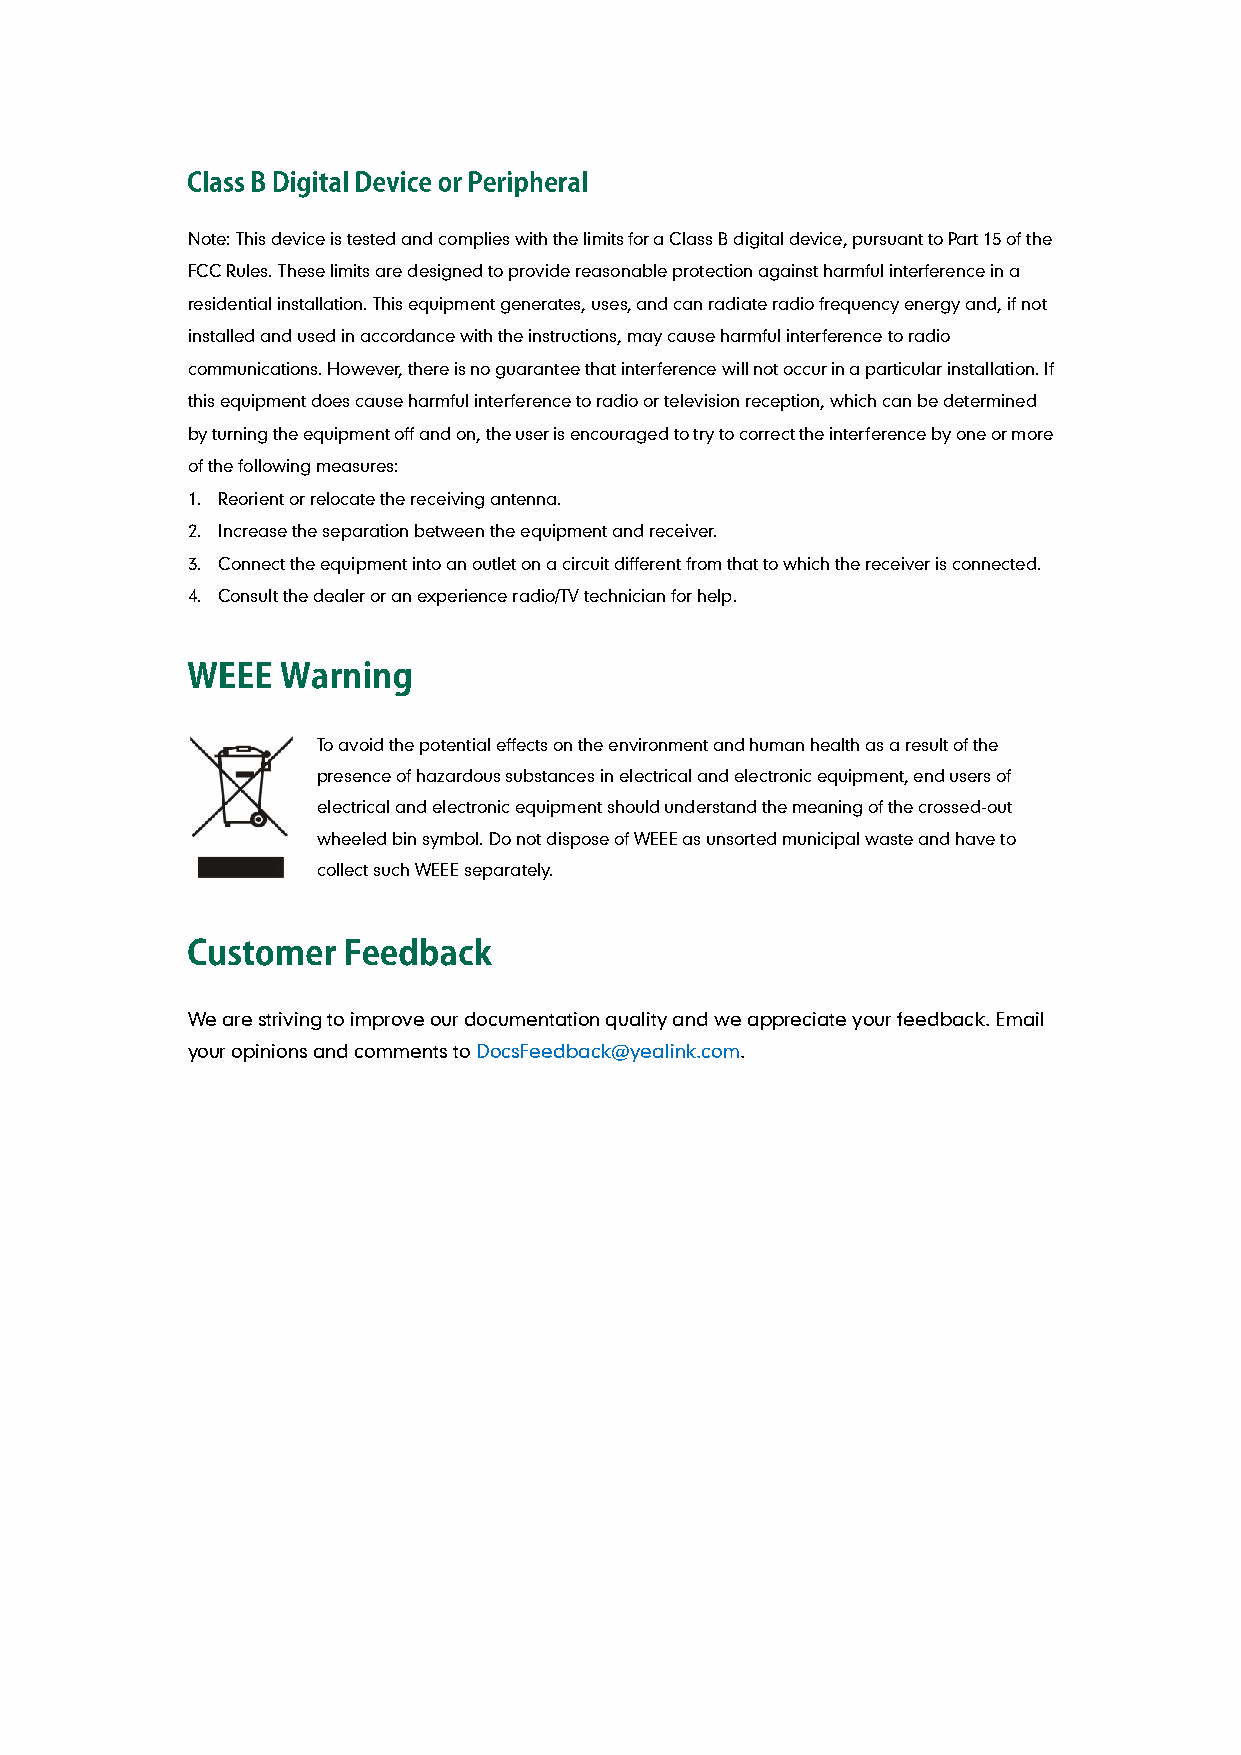
Note: This device is tested and complies with the limits for a Class B digital device, pursuant to Part 15 of the
 FCC Rules. These limits are designed to provide reasonable protection against harmful interference in a
 residential installation. This equipment generates, uses, and can radiate radio frequency energy and, if not
 installed and used in accordance with the instructions, may cause harmful interference to radio
 communications. However, there is no guarantee that interference will not occur in a particular installation. If
 this equipment does cause harmful interference to radio or television reception, which can be determined
 by turning the equipment off and on, the user is encouraged to try to correct the interference by one or more
 of the following measures:
 1. Reorient or relocate the receiving antenna.
 2. Increase the separation between the equipment and receiver.
 3. Connect the equipment into an outlet on a circuit different from that to which the receiver is connected.
 4. Consult the dealer or an experience radio/TV technician for help.
 To avoid the potential effects on the environment and human health as a result of the
 presence of hazardous substances in electrical and electronic equipment, end users of
 electrical and electronic equipment should understand the meaning of the crossed-out
 wheeled bin symbol. Do not dispose of WEEE as unsorted municipal waste and have to
 collect such WEEE separately.
 We are striving to improve our documentation quality and we appreciate your feedback. Email
 your opinions and comments to DocsFeedback@yealink.com.